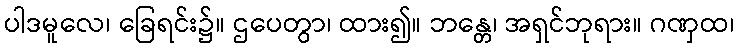
ပါဒမူလေ၊ ခြေရင်း၌။ ဌပေတွာ၊ ထား၍။ ဘန္တေ၊ အရှင်ဘုရား။ ဂဏှထ၊